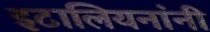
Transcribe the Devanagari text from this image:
इटालियनांनी